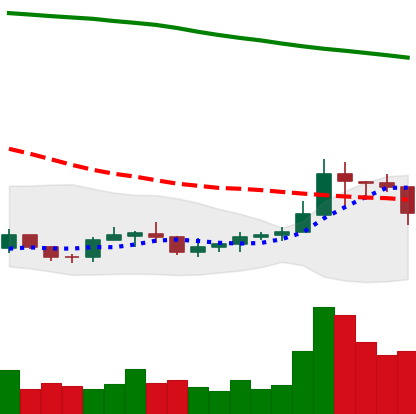
Ticker: ADA-USD
Chart end date: 2019-09-22
Forward return: -19.505%
Label: down_7plus